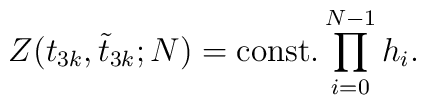
Z(t_{3k},\tilde{t}_{3k};N)={\rm const.}\prod_{i=0}^{N-1}h_{i}.